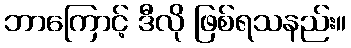
ဘာကြောင့် ဒီလို ဖြစ်ရသနည်း။